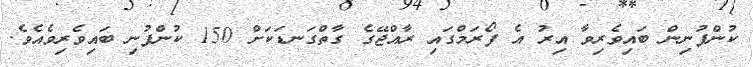
ކުންފުނިން ބައިވެރިވާ އިރު އެ ފޯރަމްގައި ރާއްޖޭގެ ގާތްގަނޑަކަށް 150 ކުންފުނި ބައިވެރިވެއެވެ.